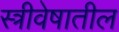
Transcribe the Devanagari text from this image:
स्त्रीवेषातील